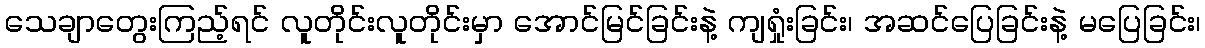
သေချာတွေးကြည့်ရင် လူတိုင်းလူတိုင်းမှာ အောင်မြင်ခြင်းနဲ့ ကျရှုံးခြင်း၊ အဆင်ပြေခြင်းနဲ့ မပြေခြင်း၊